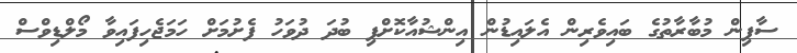
ސާފިން މުބާރާތުގެ ބައިވެރިން އެލައިޑުން އިންޝުއާކޮށްފި ބުދަ ދުވަހު ފެށުމަށް ހަމަޖެހިފައިވާ މޯލްޑިވްސް